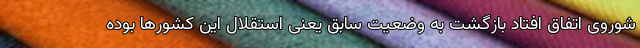
شوروی اتفاق افتاد بازگشت به وضعیت سابق یعنی استقلال این کشورها بوده